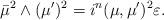
LaTeX: \begin{align*}\bar{\mu}^{2}\wedge(\mu^{\prime})^{2}=i^{n}(\mu,\mu^{\prime})^{2}\varepsilon.\end{align*}